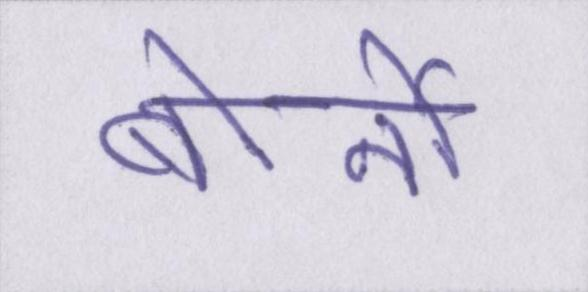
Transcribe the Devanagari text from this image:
बोर्नो